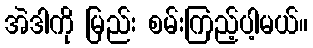
အဲဒါကို မြည်း စမ်းကြည့်ပါ့မယ်။